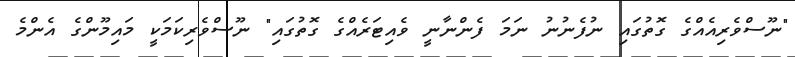
"ނޫސްވެރިއެއްގެ ގޮތުގައި ނުފެނުނު ނަމަ ފެންނާނީ ވެއިޓަރެއްގެ ގޮތުގައި" ނޫސްވެރިކަމަކީ މައިމޫންގެ އެންމެ